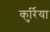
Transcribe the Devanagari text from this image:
कुर्रिया